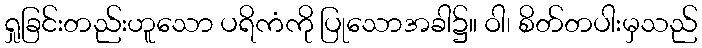
ရှုခြင်းတည်းဟူသော ပရိကံကို ပြုသောအခါ၌။ ဝါ၊ စိတ်တပါးမှသည်